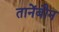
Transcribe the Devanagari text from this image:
तानेंबौन